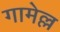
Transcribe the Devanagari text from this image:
गामेल्ल